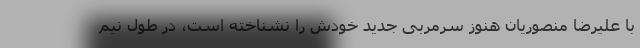
با علیرضا منصوریان هنوز سرمربی جدید خودش را نشناخته است، در طول نیم